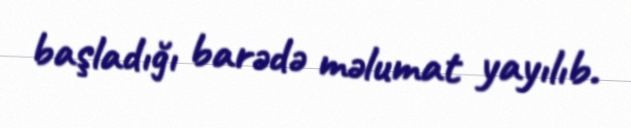
başladığı barədə məlumat yayılıb.